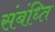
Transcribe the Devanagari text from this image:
संबंध्ति